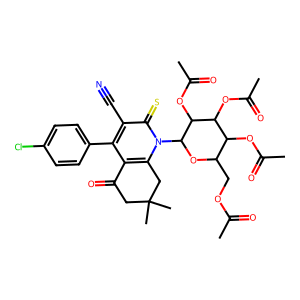
SMILES: CC(=O)OCC1OC(n2c3c(c(-c4ccc(Cl)cc4)c(C#N)c2=S)C(=O)CC(C)(C)C3)C(OC(C)=O)C(OC(C)=O)C1OC(C)=O
Inhibits HIV replication: No